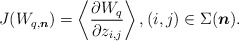
\begin{gather*}J(W_{q,{\boldsymbol{n}}})= \left\langle {\partial W_{q} \over \partial z_{i,j}} \right\rangle, (i,j) \in \Sigma({\boldsymbol{n}}) .\end{gather*}